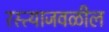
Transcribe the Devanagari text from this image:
रस्त्याजवळील